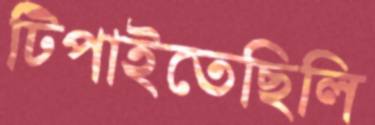
টিপাইতেছিলি